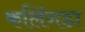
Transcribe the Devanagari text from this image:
कलिंगडा